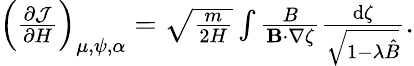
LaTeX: \begin{array}{r}{\left(\frac{\partial\mathcal{J}}{\partial H}\right)_{\mu,\psi,\alpha}=\sqrt{\frac{m}{2H}}\int\frac{B}{\mathbf{B}\cdot\nabla\zeta}\frac{\mathrm{d}\zeta}{\sqrt{1-\lambda\hat{B}}}.}\end{array}